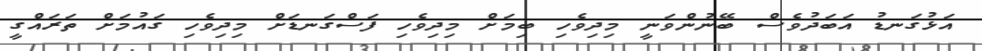
އަޅުގަނޑު އަބަދުވެސް ބޭނުންވަނީ މިދިވެހި ބިމަށް މިދިވެހި ފަސްގަނޑަށް މިދިވެހި ގައުމަށް ތަރައްގީ